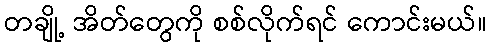
တချို့ အိတ်တွေကို စစ်လိုက်ရင် ကောင်းမယ်။